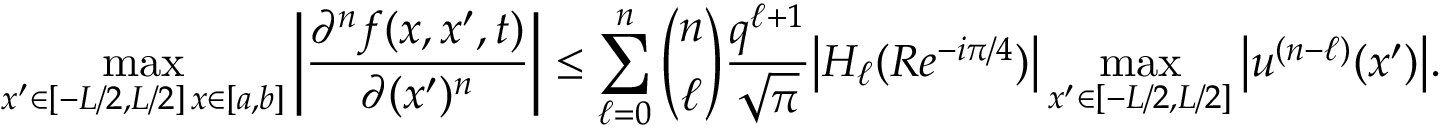
\operatorname* { m a x } _ { \substack { x ^ { \prime } \in [ - L / 2 , L / 2 ] \, x \in [ a , b ] } } \bigg | \frac { \partial ^ { n } f ( x , x ^ { \prime } , t ) } { \partial ( x ^ { \prime } ) ^ { n } } \bigg | \leq \sum _ { \ell = 0 } ^ { n } \binom { n } { \ell } \frac { q ^ { \ell + 1 } } { \sqrt { \pi } } \big | H _ { \ell } ( R e ^ { - i \pi / 4 } ) \big | \operatorname* { m a x } _ { x ^ { \prime } \in [ - L / 2 , L / 2 ] } \big | u ^ { ( n - \ell ) } ( x ^ { \prime } ) \big | .